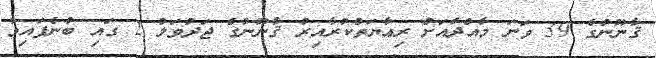
ޤާނޫނުގެ 39 ވަނަ މާއްދާއަށް ރިޢާޔަތްކުރާއިރު ޤާނޫނުގެ ޖަދުވަލު 2 ގައި ބުނެފައިވާ